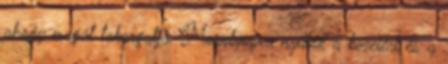
ahogy magát takargatja. Mosolyogva nyúlok a kezeiért és a